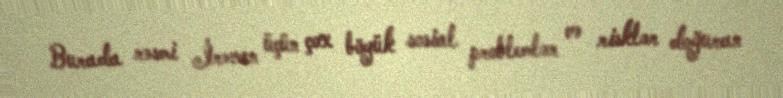
Burada rəsmi İrəvan üçün çox böyük sosial problemlər və risklər doğuran